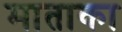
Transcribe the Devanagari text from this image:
माताका